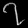
Digit: ၇